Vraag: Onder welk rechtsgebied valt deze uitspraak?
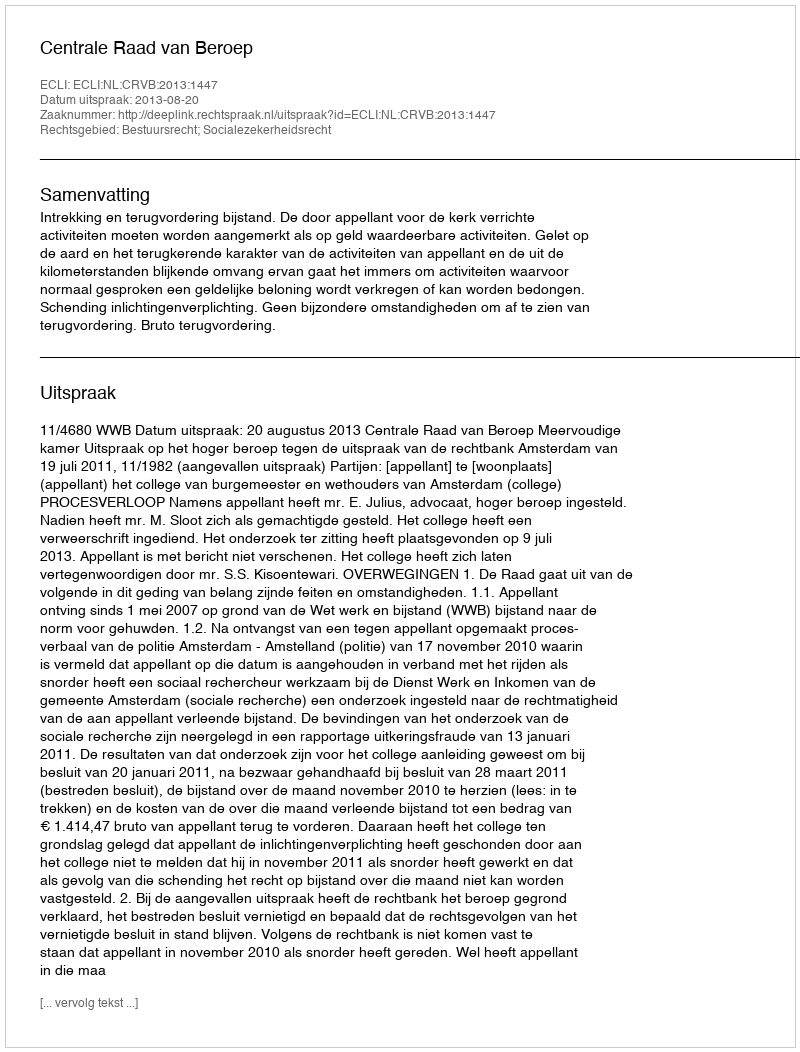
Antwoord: Bestuursrecht; Socialezekerheidsrecht